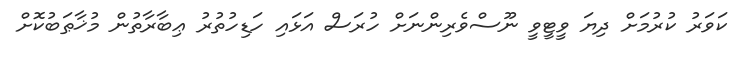
ކަވަރު ކުރުމަށް ދިޔަ ވީޓީވީ ނޫސްވެރިންނަށް ހުރަސް އަޅައި ހަޑިހުތުރު ޢިބާރާތުން މުޚާޠަބުކޮށް